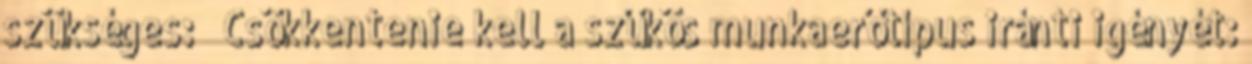
szükséges: ◦ Csökkentenie kell a szűkös munkaerőtípus iránti igényét: